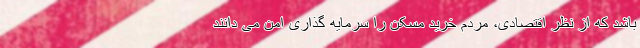
باشد که از نظر اقتصادی، مردم خرید مسکن را سرمایه گذاری امن می دانند